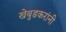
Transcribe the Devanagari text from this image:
खेबुडकरांनी